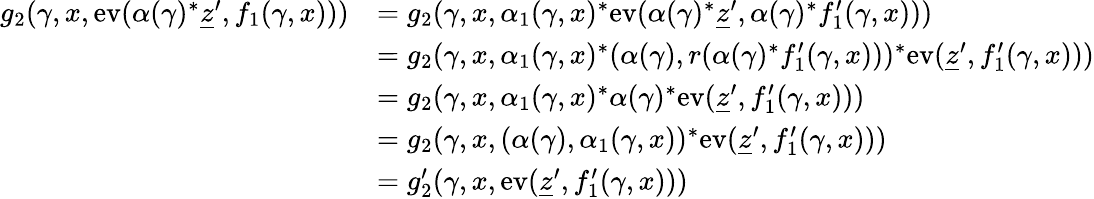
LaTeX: \begin{array}{rl}{g_{2}(\gamma,x,\textnormal{ev}(\alpha(\gamma)^{*}\underline{{z}}^{\prime},f_{1}(\gamma,x)))}&{=g_{2}(\gamma,x,\alpha_{1}(\gamma,x)^{*}\textnormal{ev}(\alpha(\gamma)^{*}\underline{{z}}^{\prime},\alpha(\gamma)^{*}f_{1}^{\prime}(\gamma,x)))}\\ &{=g_{2}(\gamma,x,\alpha_{1}(\gamma,x)^{*}(\alpha(\gamma),r(\alpha(\gamma)^{*}f_{1}^{\prime}(\gamma,x)))^{*}\textnormal{ev}(\underline{{z}}^{\prime},f_{1}^{\prime}(\gamma,x)))}\\ &{=g_{2}(\gamma,x,\alpha_{1}(\gamma,x)^{*}\alpha(\gamma)^{*}\textnormal{ev}(\underline{{z}}^{\prime},f_{1}^{\prime}(\gamma,x)))}\\ &{=g_{2}(\gamma,x,(\alpha(\gamma),\alpha_{1}(\gamma,x))^{*}\textnormal{ev}(\underline{{z}}^{\prime},f_{1}^{\prime}(\gamma,x)))}\\ &{=g_{2}^{\prime}(\gamma,x,\textnormal{ev}(\underline{{z}}^{\prime},f_{1}^{\prime}(\gamma,x)))}\end{array}